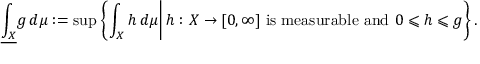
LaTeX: { \underline { { \int _ { X } } } } g \, d \mu : = \operatorname* { s u p } \left\{ \left. \int _ { X } h \, d \mu \right| h : X \to [ 0 , \infty ] { \mathrm { ~ i s ~ m e a s u r a b l e ~ a n d ~ } } 0 \leqslant h \leqslant g \right\} .